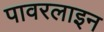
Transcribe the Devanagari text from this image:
पावरलाइन